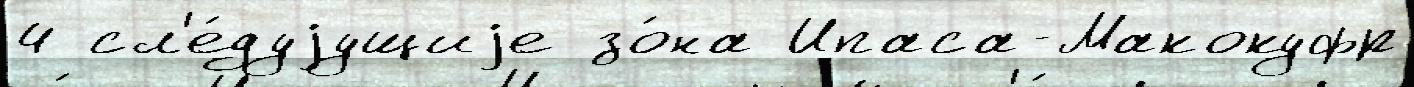
4 сл'е́дуjущиjе зо́на Ипаса-Макокуфр